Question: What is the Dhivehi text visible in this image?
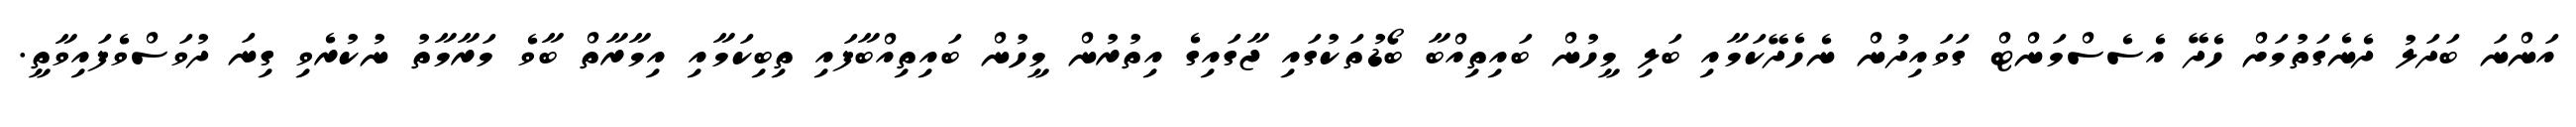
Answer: އަންނަ ބަދަލު ދެނެގަތުމަށް ހެދޭ އެސެސްމަންޓް ގަވައިދުން ނެހެދޭކަމާއި ބަލި މީހުން ބައިތިއްބާ ބޯޑުތަކުގައި ޖާގައިގެ އިތުރުން މީހުން ބައިތިއްބާފައި ތިބިކަމާއި އިމާރާތް ބާވެ މަރާމާތު ނުކުރެވި ގިނަ ދުވަސްވެފައިވާތީ.